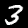
Label: 3